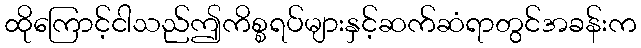
ထိုကြောင့်ငါသည်ဤကိစ္စရပ်များနှင့်ဆက်ဆံရာတွင်အခန်းက